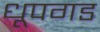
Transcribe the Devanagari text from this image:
धूपगड